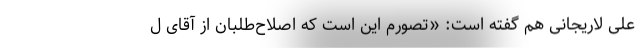
علی لاریجانی هم گفته است: «تصورم این است که اصلاح‌طلبان از آقای ل